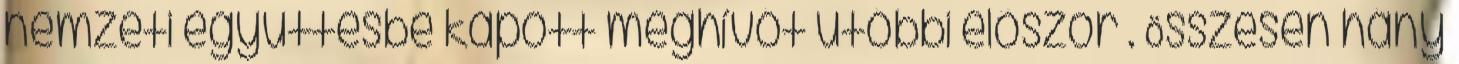
nemzeti együttesbe kapott meghívót utóbbi először . Összesen hány